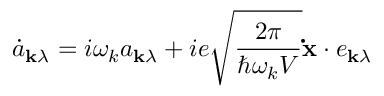
{ \dot { a } } _ { \mathbf { k } \lambda } = i \omega _ { k } a _ { \mathbf { k } \lambda } + i e { \sqrt { \frac { 2 \pi } { \hbar \omega _ { k } V } } } \mathbf { \dot { x } } \cdot e _ { \mathbf { k } \lambda }